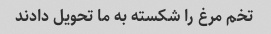
تخم مرغ را شکسته به ما تحویل دادند